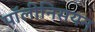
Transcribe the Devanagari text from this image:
पॉलीनिसयन